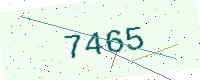
Text: 7465